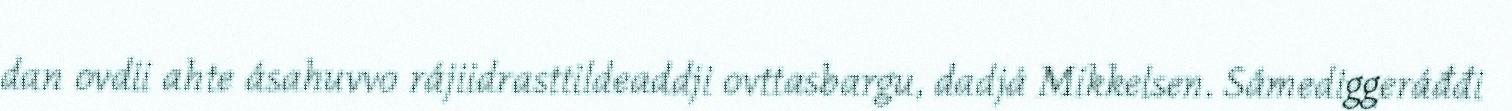
dan ovdii ahte ásahuvvo rájiidrasttildeaddji ovttasbargu, dadjá Mikkelsen. Sámediggeráđđi